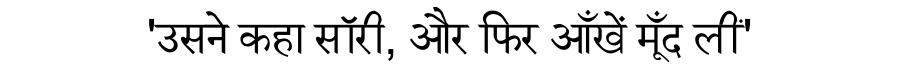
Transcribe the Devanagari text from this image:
'उसने कहा सॉरी, और फिर आँखें मूँद लीं'